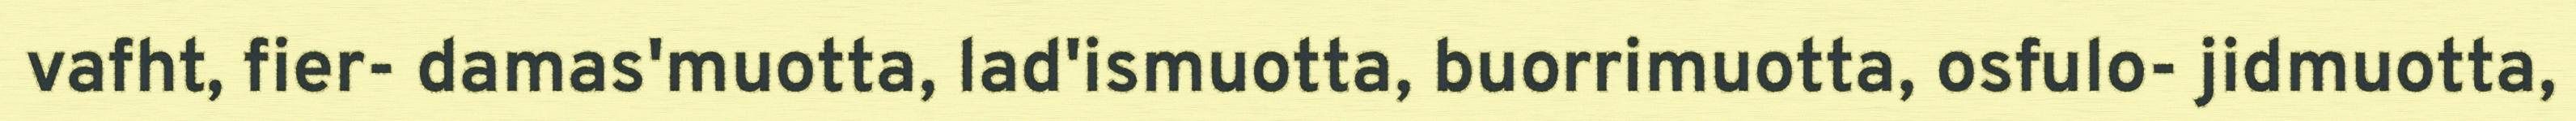
vafht, fier- damas'muotta, lad'ismuotta, buorrimuotta, osfulo- jidmuotta,